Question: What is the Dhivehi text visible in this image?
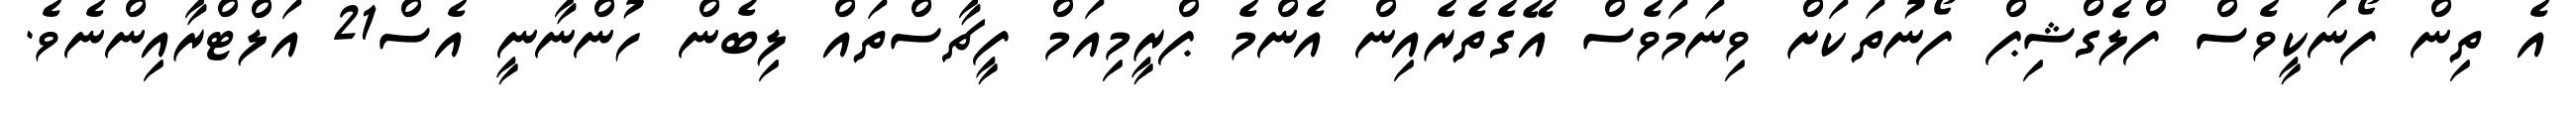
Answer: އެ ތިން ފޯނަކީވެސް ފްލެގްޝިޕް ފޯނުތަކަށް ވިނަމަވެސް އޭގެތެރެއިން އެންމެ ޕްރީމިއަމް ފީޗާސްތައް ލިބެން ހުންނާނީ އެސް21 އަލްޓްރާއިންނެވެ.